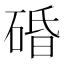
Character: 碈